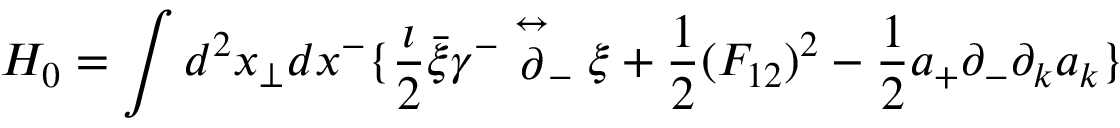
H _ { 0 } = \int d ^ { 2 } x _ { \perp } d x ^ { - } \{ { \frac { \imath } { 2 } } \bar { \xi } \gamma ^ { - } \stackrel { \leftrightarrow } { \partial } _ { - } \xi + { \frac { 1 } { 2 } } ( F _ { 1 2 } ) ^ { 2 } - { \frac { 1 } { 2 } } a _ { + } \partial _ { - } \partial _ { k } a _ { k } \}